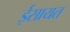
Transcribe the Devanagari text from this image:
ईसायत